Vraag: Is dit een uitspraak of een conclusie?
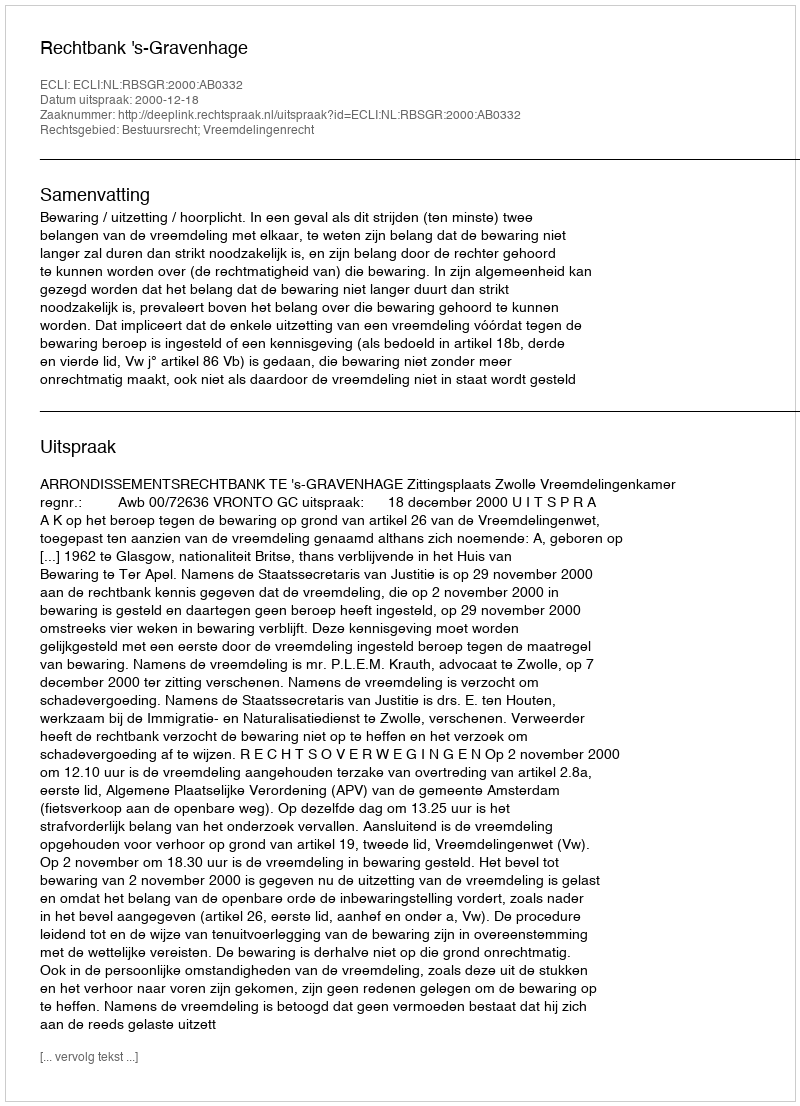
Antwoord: Uitspraak